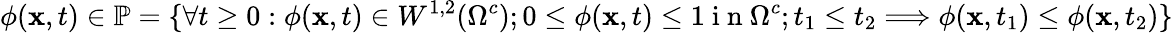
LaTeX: \phi(\mathbf{x},t)\in\mathbb{P}=\lbrace\forall t\geq 0:\phi(\mathbf{x},t)\in W^{1,2}(\Omega^{c});0\leq\phi(\mathbf{x},t)\leq 1\mathrm{~i~n~}\Omega^{c};t_{1}\leq t_{2}\Longrightarrow\phi(\textbf{x},t_{1})\leq\phi(\textbf{x},t_{2})\rbrace